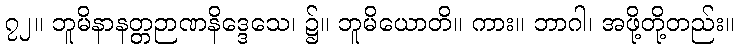
၇၂။ ဘူမိနာနတ္တဉာဏနိဒ္ဒေသေ၊ ၌။ ဘူမိယောတိ။ ကား။ ဘာဂါ၊ အဖို့တို့တည်း။